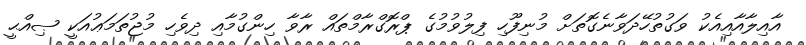
އާއިލާއާއިއެކު ވަގުތުހޭދަވާނެގޮތަށް މުނިފޫހި ފިލުވުމުގެ ޕްރޮގްރާމްތައް ރާވާ ހިންގުމާއި ދިވެހި މުޖުތަމަޢުއަކީ ޞިއްޙީ